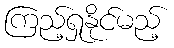
ကြည့်ရှုနိုင်မည့်